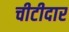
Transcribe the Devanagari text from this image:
चीटीदार